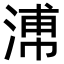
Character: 𣹷